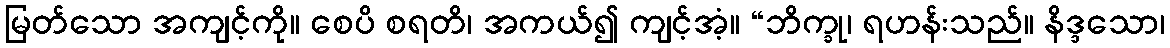
မြတ်သော အကျင့်ကို။ စေပိ စရတိ၊ အကယ်၍ ကျင့်အံ့။ “ဘိက္ခု၊ ရဟန်းသည်။ နိဒ္ဒသော၊